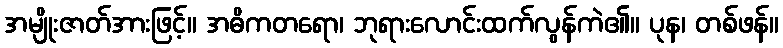
အမျိုးဇာတ်အားဖြင့်။ အဓိကတရော၊ ဘုရားလောင်းထက်လွန်ကဲ၏။ ပုန၊ တစ်ဖန်။